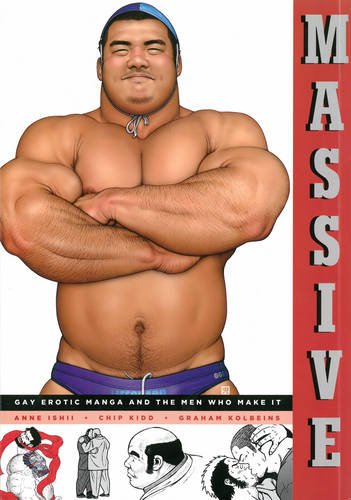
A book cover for Massive: Gay Japanese Manga And The Men Who Make It; Comics & Graphic Novels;